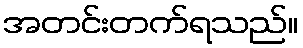
အတင်းတက်ရသည်။